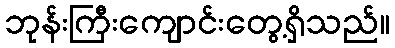
ဘုန်းကြီးကျောင်းတွေ့ရှိသည်။